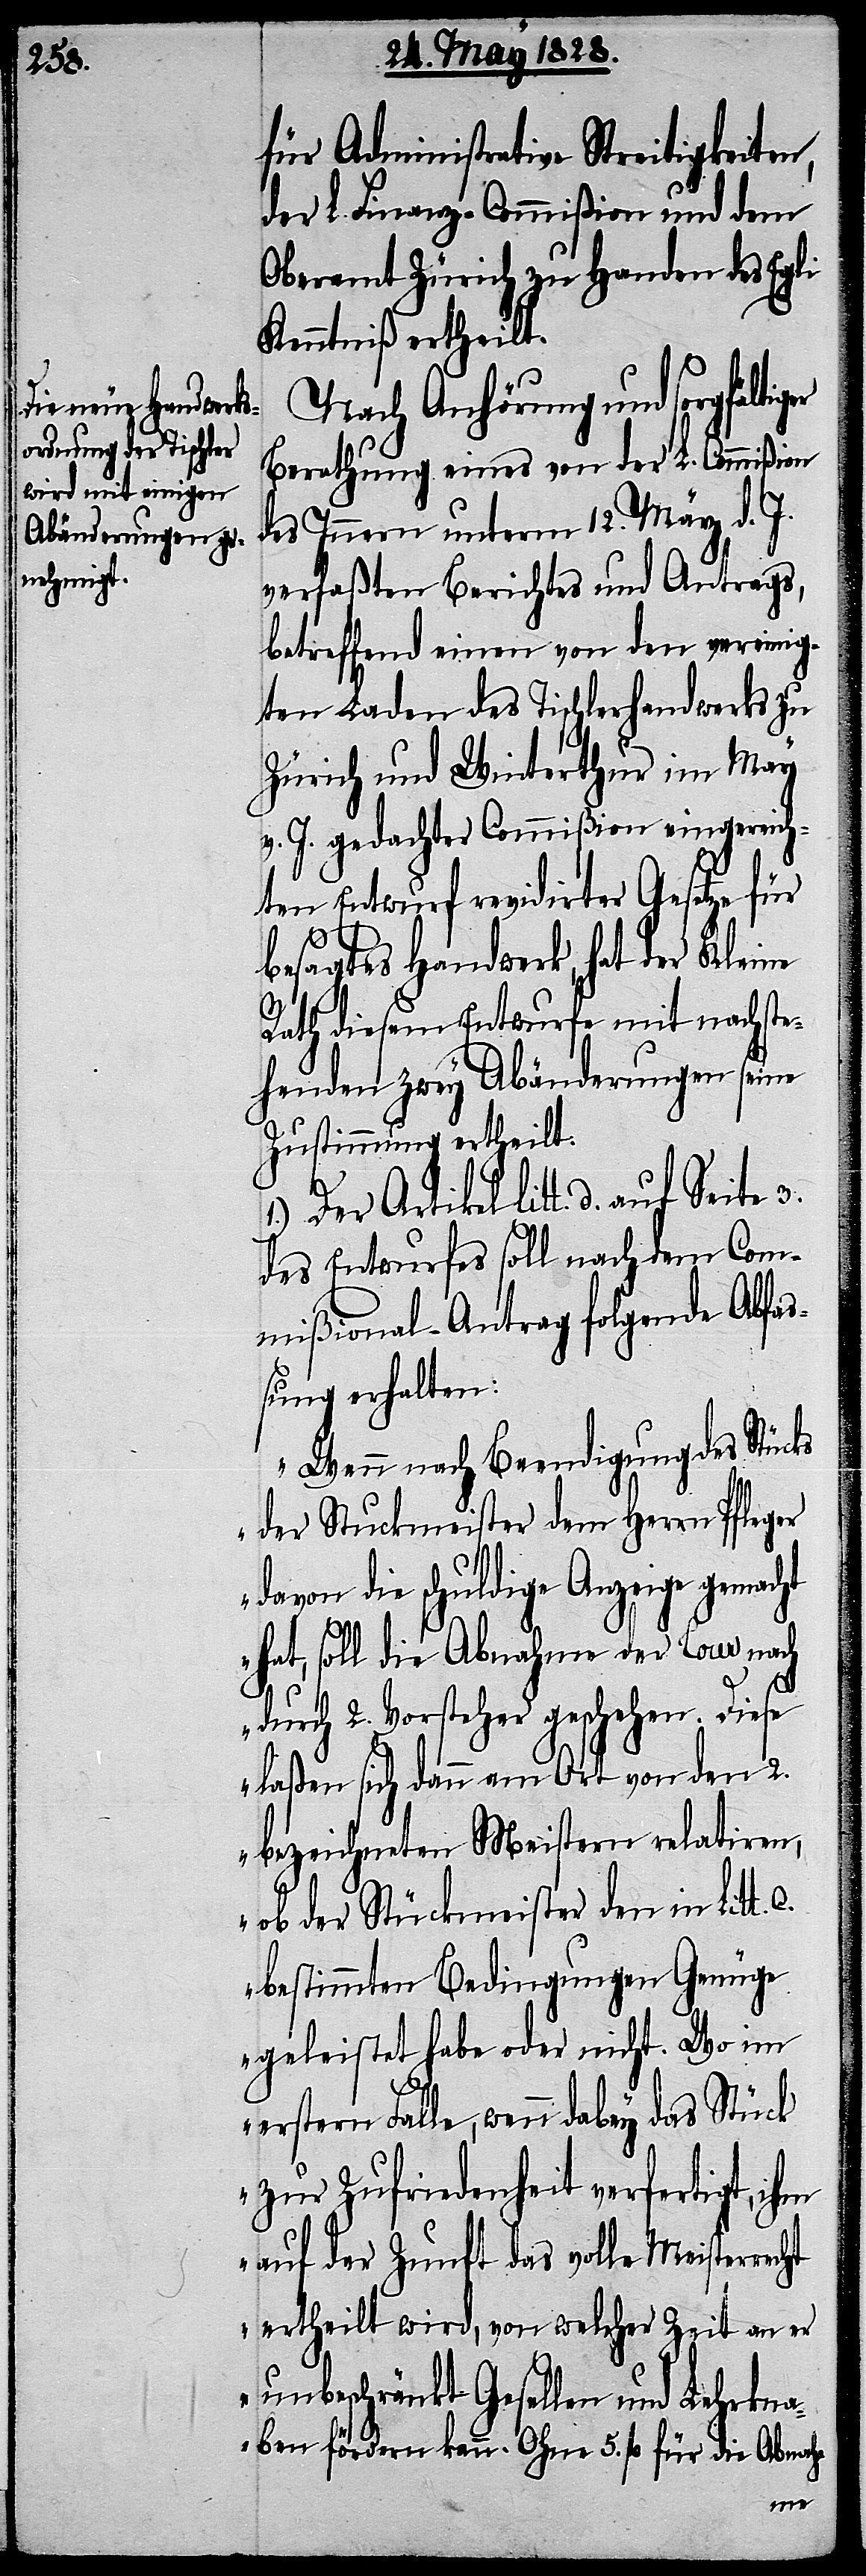
für Administrative Streitigkeiten,
der L. Finanz-Commißion und dem
Oberamt Zürich zu Handen des Egli
Kenntniß ertheilt.
Nach Anhörung und sorgfälti¬
Berathung eines von der L. Commißion
des Innern unterm, 12. März d. J.
verfaßten Berichtes und Antrags,
betreffend einen von den vereinig¬
ten Laden des Tischlerhandwerks zu
Zürich und Winterthur im May
v. J. gedachter Commißion eingereich¬
ten Entwurf revidirter Gesetze für
besagtes Handwerk, hat der Kleine
Rath diesem Entwurfe mit nachste¬
henden zwey Abänderungen seine
Zustimmung ertheilt.
1.) Der Artikel litt. d. auf S¬
des Entwurfes soll nach dem Com¬
mißional-Antrag folgende Abfaß¬
ung erhalten:
„Wenn nach Beendigung des Stücks
der Stuckmeister dem Herrn Pfleger
davon die schuldige Anzeige gemacht
hat, soll die Abnahme der Cour nach
3.
durch 2. Vorsteher geschehen. Diese
laßen sich dann am Ort von 2.
bezeichneten Meistern relatiren,
ob der Stückmeister den in Litt.
bestimmten Bedingungen Genüge
geleistet habe, oder nicht. Wo im
erstern Falle, wenn dabey das Stück
zur Zufriedenheit verfertigt, ihm
auf der Zunft das volle Meisterrecht
ertheilt wird, von welcher Zeit an er
unbeschränkt Gesellen und Lehrkna¬
ben fördern kann. Ohne 5. fl. für die Abnah-
eite